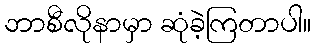
ဘာစီလိုနာမှာ ဆုံခဲ့ကြတာပါ။